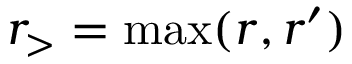
r _ { > } = \operatorname* { m a x } ( r , r ^ { \prime } )